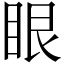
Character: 眼